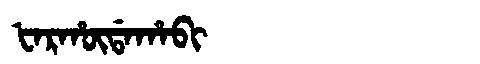
Manchu: ᡶᠠᡵᡥᡡᡩᠠᡥᠠᠪᡳ
Romanization: FARHŪDAHABI